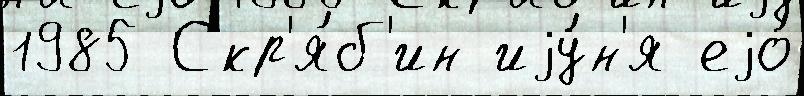
1985 Скр'я́б'ин иjу́н'я еjо́